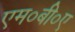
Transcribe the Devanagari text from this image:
एम०बी०ए